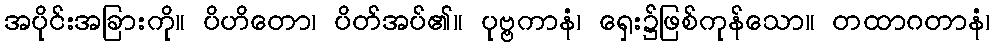
အပိုင်းအခြားကို။ ပိဟိတော၊ ပိတ်အပ်၏။ ပုဗ္ဗကာနံ၊ ရှေး၌ဖြစ်ကုန်သော။ တထာဂတာနံ၊